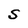
Character: S